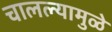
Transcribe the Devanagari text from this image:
चालल्यामुळे